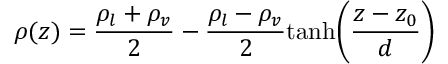
\rho ( z ) = \frac { \rho _ { l } + \rho _ { v } } { 2 } - \frac { \rho _ { l } - \rho _ { v } } { 2 } \mathrm { t a n h } \bigg ( \frac { z - z _ { 0 } } { d } \bigg )